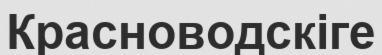
Красноводскіге